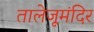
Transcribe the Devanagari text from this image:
तालेजूमंदिर